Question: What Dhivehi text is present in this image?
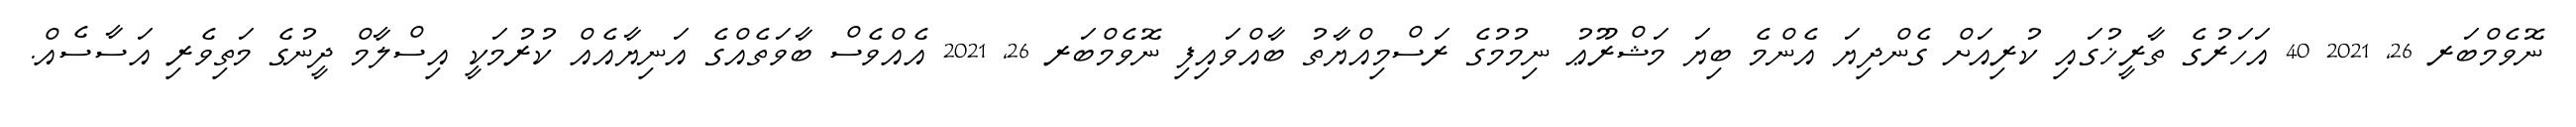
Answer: ނޮވެމްބަރ 26, 2021 40 އަހަރުގެ ތާރީޚުގައި ކުރިއަށް ގެންދިޔަ އެންމެ ބިޔަ މަޝްރޫޢު ނިމުމުގެ ރަސްމިއްޔާތު ބާއްވައިފި ނޮވެމްބަރ 26, 2021 އެއްވެސް ބާވަތެއްގެ އަނިޔާއެއް ކުރުމަކީ އިސްލާމް ދީނުގެ މަތިވެރި އަސާސެއް.